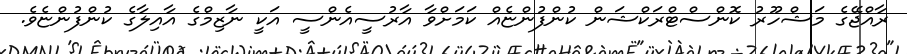
ރާއްޖޭގެ މަޝްހޫރު ކޮންސްޓްރަކްޝަން ކުންފުންޏެއް ކަމަށްވާ އާރުސީއެންސީ އަކީ ނާޒިމްގެ އާއިލާގެ ކުންފުންޏެވެ.